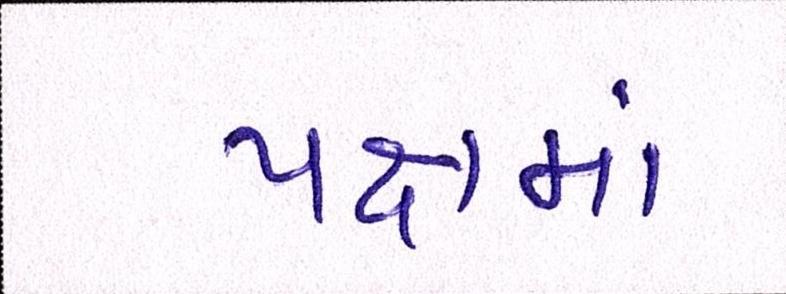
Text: પક્ષમાં